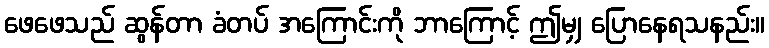
ဖေဖေသည် ဆွန်တာ ခံတပ် အကြောင်းကို ဘာကြောင့် ဤမျှ ပြောနေရသနည်း။